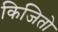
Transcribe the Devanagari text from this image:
किजितो